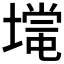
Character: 𡐃